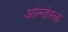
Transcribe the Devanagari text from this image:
ओल्डेस्लो